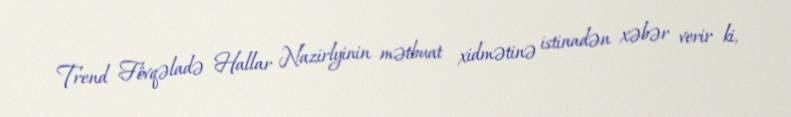
Trend Fövqəladə Hallar Nazirlyinin mətbuat xidmətinə istinadən xəbər verir ki,